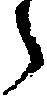
う